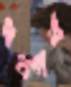
ধনগর্ব